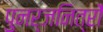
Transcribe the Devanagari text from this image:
पुनर्जनित्रों